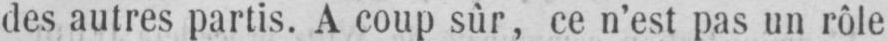
des autres partis. A coup sûr, ce n’est pas un rôle